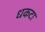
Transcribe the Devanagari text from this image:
धकटा